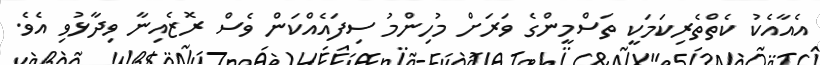
އެއާއެކު ކެތްތެރިކަމަކީ ތަސްމީންގެ ވަރަށް މުހިންމު ސިފައެއްކަން ވެސް ރޮޒެއިނާ ވިދާޅުވި އެވެ.